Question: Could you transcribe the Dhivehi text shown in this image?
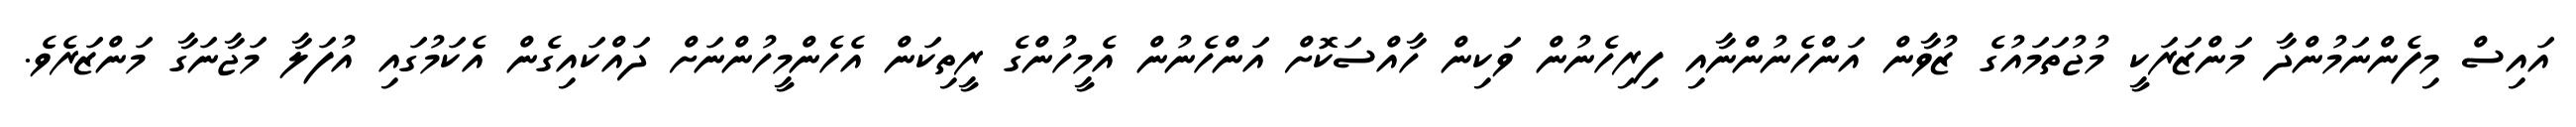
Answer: އައިސް މިފެންނަމުންދާ މަންޒަރަކީ މުޖުތަމައުގެ ޒުވާން އަންހެނުންނާއި ފިރިހެނުން ވަކިން ހާއްސަކޮށް އަންހެނުން އެމީހުންގެ ރީތިކަން އެހެންމީހުންނަށް ދައްކައިގެން އެކަމުގައި އުފަލާ މަޖާނަގާ މަންޒަރެވެ.